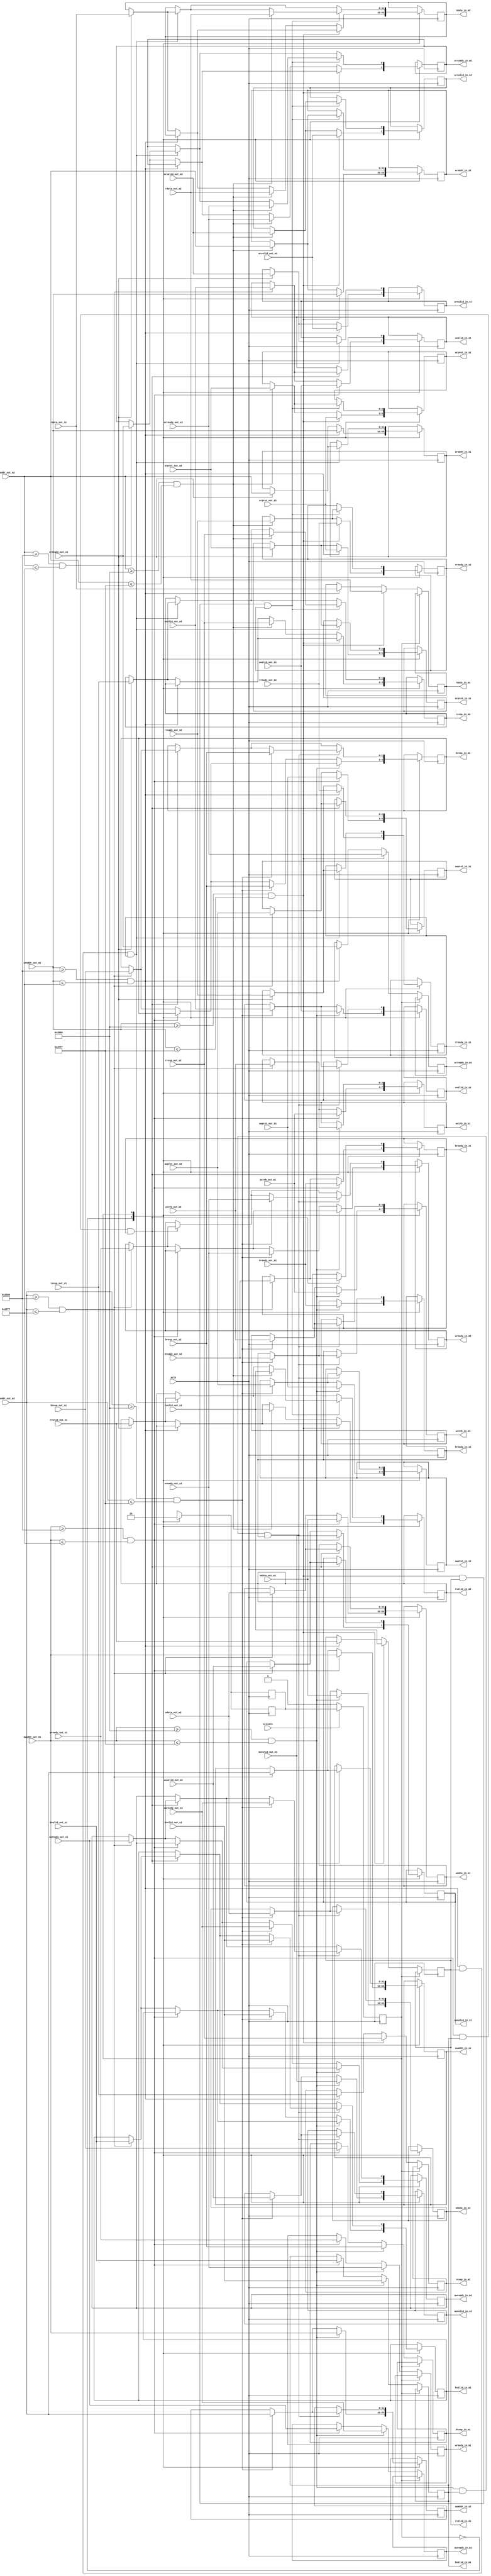
module axi4_lite_crossbar_2x2 (
    input aclk,
    input aresetn,
    // Write Address Channel
    // Master 1
    input [31:0] awaddr_out_m1,
    input [2:0] awprot_out_m1,
    input awvalid_out_m1,
    output reg awready_in_m1,
    // Master 2
    input [31:0] awaddr_out_m2,
    input [2:0] awprot_out_m2,
    input awvalid_out_m2,
    output reg awready_in_m2,
    // Slave 1
    output reg [31:0] awaddr_in_s1,
    output reg [2:0] awprot_in_s1,
    output reg awvalid_in_s1,
    input awready_out_s1,
    // Slave 2
    output reg [31:0] awaddr_in_s2,
    output reg [2:0] awprot_in_s2,
    output reg awvalid_in_s2,
    input awready_out_s2,
    // Write Data Channel
    // Master 1
    input [31:0] wdata_out_m1,
    input [3:0] wstrb_out_m1,
    input wvalid_out_m1,
    output reg wready_in_m1,
    // Master 2
    input [31:0] wdata_out_m2,
    input [3:0] wstrb_out_m2,
    input wvalid_out_m2,
    output reg wready_in_m2,
    // Slave 1
    output reg [31:0] wdata_in_s1,
    output reg [3:0] wstrb_in_s1,
    output reg wvalid_in_s1,
    input wready_out_s1,
    // Slave 2
    output reg [31:0] wdata_in_s2,
    output reg [3:0] wstrb_in_s2,
    output reg wvalid_in_s2,
    input wready_out_s2,
    // Write Response Channel
    // Master 1
    output reg [1:0] bresp_in_m1,
    output reg bvalid_in_m1,
    input bready_out_m1,
    // Master 2
    output reg [1:0] bresp_in_m2,
    output reg bvalid_in_m2,
    input bready_out_m2,
    // Slave 1
    input [1:0] bresp_out_s1,
    input bvalid_out_s1,
    output reg bready_in_s1,
    // Slave 2
    input [1:0] bresp_out_s2,
    input bvalid_out_s2,
    output reg bready_in_s2,
    // Read Address Channel
    // Master 1
    input [31:0] araddr_out_m1,
    input [2:0] arprot_out_m1,
    input arvalid_out_m1,
    output reg arready_in_m1,
    // Master 2
    input [31:0] araddr_out_m2,
    input [2:0] arprot_out_m2,
    input arvalid_out_m2,
    output reg arready_in_m2,
    // Slave 1
    output reg [31:0] araddr_in_s1,
    output reg [2:0] arprot_in_s1,
    output reg arvalid_in_s1,
    input arready_out_s1,
    // Slave 2
    output reg [31:0] araddr_in_s2,
    output reg [2:0] arprot_in_s2,
    output reg arvalid_in_s2,
    input arready_out_s2,
    // Read Data Channel
    // Master 1
    output reg [31:0] rdata_in_m1,
    output reg rvalid_in_m1,
    input rready_out_m1,
    output reg [1:0] rresp_in_m1,
    // Master 2
    output reg [31:0] rdata_in_m2,
    output reg rvalid_in_m2,
    input rready_out_m2,
    output reg [1:0] rresp_in_m2,
    // Slave 1
    input [31:0] rdata_out_s1,
    input rvalid_out_s1,
    output reg rready_in_s1,
    input [1:0] rresp_out_s1,
    // Slave 2
    input [31:0] rdata_out_s2,
    input rvalid_out_s2,
    output reg rready_in_s2,
    input [1:0] rresp_out_s2
);
    
    localparam FIRST_PRIORITY = 0;
    localparam SECOND_PRIORITY = 1;

    reg current_state = 0, next_state;

    always @(posedge aclk) begin
        if (!aresetn) begin
            current_state <= 0;
        end
        else begin
            current_state <= next_state;
        end
    end

    always @(posedge aclk) begin
        case (current_state)
            FIRST_PRIORITY: begin
                if (awaddr_out_m1 >= 32'h0000_2000 && awaddr_out_m1 <= 32'h0000_2fff) begin
                    awaddr_in_s1 <= awaddr_out_m1;
                    awprot_in_s1 <= awprot_out_m1;
                    awvalid_in_s1 <= awvalid_out_m1;
                    awready_in_m1 <= awready_out_s1;
                    wdata_in_s1 <= wdata_out_m1;
                    wstrb_in_s1 <= wstrb_out_m1;
                    wvalid_in_s1 <= wvalid_out_m1;
                    wready_in_m1 <= wready_out_s1;
                    bresp_in_m1 <= bresp_out_s1;
                    bvalid_in_m1 <= bvalid_out_s1;
                    bready_in_s1 <= bready_out_m1;
                end
                else if (awaddr_out_m2 >= 32'h0000_2000 && awaddr_out_m2 <= 32'h0000_2fff) begin
                    awaddr_in_s1 <= awaddr_out_m2;
                    awprot_in_s1 <= awprot_out_m2;
                    awvalid_in_s1 <= awvalid_out_m2;
                    awready_in_m2 <= awready_out_s1;
                    wdata_in_s1 <= wdata_out_m2;
                    wstrb_in_s1 <= wstrb_out_m2;
                    wvalid_in_s1 <= wvalid_out_m2;
                    wready_in_m2 <= wready_out_s1;
                    bresp_in_m2 <= bresp_out_s1;
                    bvalid_in_m2 <= bvalid_out_s1;
                    bready_in_s1 <= bready_out_m2;
                end
                if (awaddr_out_m1 >= 32'h0000_3000 && awaddr_out_m1 <= 32'h0000_3fff) begin
                    awaddr_in_s2 <= awaddr_out_m1;
                    awprot_in_s2 <= awprot_out_m1;
                    awvalid_in_s2 <= awvalid_out_m1;
                    awready_in_m1 <= awready_out_s2;
                    wdata_in_s2 <= wdata_out_m1;
                    wstrb_in_s2 <= wstrb_out_m1;
                    wvalid_in_s2 <= wvalid_out_m1;
                    wready_in_m1 <= wready_out_s2;
                    bresp_in_m1 <= bresp_out_s2;
                    bvalid_in_m1 <= bvalid_out_s2;
                    bready_in_s2 <= bready_out_m1;
                end
                else if (awaddr_out_m2 >= 32'h0000_3000 && awaddr_out_m2 <= 32'h0000_3fff) begin
                    awaddr_in_s2 <= awaddr_out_m2;
                    awprot_in_s2 <= awprot_out_m2;
                    awvalid_in_s2 <= awvalid_out_m2;
                    awready_in_m2 <= awready_out_s2;
                    wdata_in_s2 <= wdata_out_m2;
                    wstrb_in_s2 <= wstrb_out_m2;
                    wvalid_in_s2 <= wvalid_out_m2;
                    wready_in_m2 <= wready_out_s2;
                    bresp_in_m2 <= bresp_out_s2;
                    bvalid_in_m2 <= bvalid_out_s2;
                    bready_in_s2 <= bready_out_m2;
                end
                next_state <= SECOND_PRIORITY;
            end
            SECOND_PRIORITY: begin
                if (awaddr_out_m1 >= 32'h0000_2000 && awaddr_out_m1 <= 32'h0000_2fff && bvalid_in_m1 && bready_in_s1) begin
                    if (awaddr_out_m2 >= 32'h0000_2000 && awaddr_out_m2 <= 32'h0000_2fff) begin
                        awaddr_in_s1 <= awaddr_out_m2;
                        awprot_in_s1 <= awprot_out_m2;
                        awvalid_in_s1 <= awvalid_out_m2;
                        awready_in_m2 <= awready_out_s1;
                        wdata_in_s1 <= wdata_out_m2;
                        wstrb_in_s1 <= wstrb_out_m2;
                        wvalid_in_s1 <= wvalid_out_m2;
                        wready_in_m2 <= wready_out_s1;
                        bresp_in_m2 <= bresp_out_s1;
                        bvalid_in_m2 <= bvalid_out_s1;
                        bready_in_s1 <= bready_out_m2; 
                    end
                end
                if (awaddr_out_m1 >= 32'h0000_3000 && awaddr_out_m1 <= 32'h0000_3fff && bvalid_in_m1 && bready_in_s2) begin
                    if (awaddr_out_m2 >= 32'h0000_3000 && awaddr_out_m2 <= 32'h0000_3fff) begin
                        awaddr_in_s2 <= awaddr_out_m2;
                        awprot_in_s2 <= awprot_out_m2;
                        awvalid_in_s2 <= awvalid_out_m2;
                        awready_in_m2 <= awready_out_s2;
                        wdata_in_s2 <= wdata_out_m2;
                        wstrb_in_s2 <= wstrb_out_m2;
                        wvalid_in_s2 <= wvalid_out_m2;
                        wready_in_m2 <= wready_out_s2;
                        bresp_in_m2 <= bresp_out_s2;
                        bvalid_in_m2 <= bvalid_out_s2;
                        bready_in_s2 <= bready_out_m2;
                    end
                end
                next_state <= FIRST_PRIORITY;
            end
            // default: 
        endcase
    end

    always @(posedge aclk) begin
        case (current_state)
            FIRST_PRIORITY: begin
                if (araddr_out_m1 >= 32'h0000_2000 && araddr_out_m1 <= 32'h0000_2fff) begin
                    araddr_in_s1 <= araddr_out_m1;
                    arprot_in_s1 <= arprot_out_m1;
                    arvalid_in_s1 <= arvalid_out_m1;
                    arready_in_m1 <= arready_out_s1;
                    rdata_in_m1 <= rdata_out_s1;
                    rvalid_in_m1 <= rvalid_out_s1;
                    rready_in_s1 <= rready_out_m1;
                    rresp_in_m1 <= rresp_out_s1;
                end
                else if (araddr_out_m2 >= 32'h0000_2000 && araddr_out_m2 <= 32'h0000_2fff) begin
                    araddr_in_s1 <= araddr_out_m2;
                    arprot_in_s1 <= arprot_out_m2;
                    arvalid_in_s1 <= arvalid_out_m2;
                    arready_in_m2 <= arready_out_s1;
                    rdata_in_m2 <= rdata_out_s1;
                    rvalid_in_m2 <= rvalid_out_s1;
                    rready_in_s1 <= rready_out_m2;
                    rresp_in_m2 <= rresp_out_s1;
                end
                if (araddr_out_m1 >= 32'h0000_3000 && araddr_out_m1 <= 32'h0000_3fff) begin
                    araddr_in_s2 <= araddr_out_m1;
                    arprot_in_s2 <= arprot_out_m1;
                    arvalid_in_s2 <= arvalid_out_m1;
                    arready_in_m1 <= arready_out_s2;
                    rdata_in_m1 <= rdata_out_s2;
                    rvalid_in_m1 <= rvalid_out_s2;
                    rready_in_s2 <= rready_out_m1;
                    rresp_in_m1 <= rresp_out_s2;
                end
                else if (araddr_out_m2 >= 32'h0000_3000 && araddr_out_m2 <= 32'h0000_3fff) begin
                    araddr_in_s2 <= araddr_out_m2;
                    arprot_in_s2 <= arprot_out_m2;
                    arvalid_in_s2 <= arvalid_out_m2;
                    arready_in_m2 <= arready_out_s2;
                    rdata_in_m2 <= rdata_out_s2;
                    rvalid_in_m2 <= rvalid_out_s2;
                    rready_in_s2 <= rready_out_m2;
                    rresp_in_m2 <= rresp_out_s2;
                end
                next_state <= SECOND_PRIORITY;
            end
            SECOND_PRIORITY: begin
                if (araddr_out_m1 >= 32'h0000_2000 && araddr_out_m1 <= 32'h0000_2fff && rvalid_in_m1 && rready_in_s1) begin
                    if (araddr_out_m2 >= 32'h0000_2000 && araddr_out_m2 <= 32'h0000_2fff) begin
                        araddr_in_s1 <= araddr_out_m2;
                        arprot_in_s1 <= arprot_out_m2;
                        arvalid_in_s1 <= arvalid_out_m2;
                        arready_in_m2 <= arready_out_s1;
                        rdata_in_m2 <= rdata_out_s1;
                        rvalid_in_m2 <= rvalid_out_s1;
                        rready_in_s1 <= rready_out_m2;
                        rresp_in_m2 <= rresp_out_s1;
                    end
                end
                if (araddr_out_m1 >= 32'h0000_3000 && araddr_out_m1 <= 32'h0000_3fff && rvalid_in_m1 && rready_in_s2) begin
                    if (araddr_out_m2 >= 32'h0000_3000 && araddr_out_m2 <= 32'h0000_3fff) begin
                        araddr_in_s2 <= araddr_out_m2;
                        arprot_in_s2 <= arprot_out_m2;
                        arvalid_in_s2 <= arvalid_out_m2;
                        arready_in_m2 <= arready_out_s2;
                        rdata_in_m2 <= rdata_out_s2;
                        rvalid_in_m2 <= rvalid_out_s2;
                        rready_in_s2 <= rready_out_m2;
                        rresp_in_m2 <= rresp_out_s2;
                    end
                end
                next_state <= FIRST_PRIORITY;
            end
            // default: 
        endcase
    end

endmodule